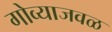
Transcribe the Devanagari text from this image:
गोव्याजवळ